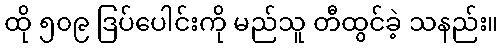
ထို ၅၀၉ ဒြပ်ပေါင်းကို မည်သူ တီထွင်ခဲ့ သနည်း။